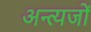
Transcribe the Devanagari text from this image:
अन्त्यजों